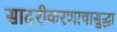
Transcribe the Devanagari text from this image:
सादरीकरणाचासुद्धा